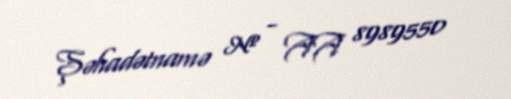
Şəhadətnamə № - AA 8989550